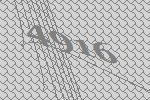
4916